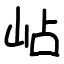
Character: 岾